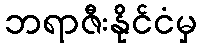
ဘရာဇီးနိုင်ငံမှ